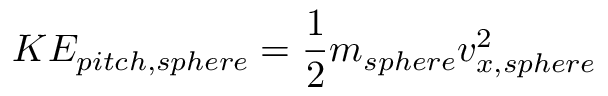
K E _ { p i t c h , s p h e r e } = \frac { 1 } { 2 } m _ { s p h e r e } v _ { x , s p h e r e } ^ { 2 }